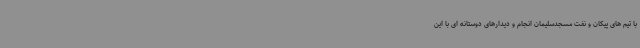
با تیم های پیکان و نفت مسجدسلیمان انجام و دیدارهای دوستانه ای با این